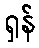
ရှန်